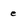
Character: e